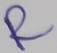
Text: R